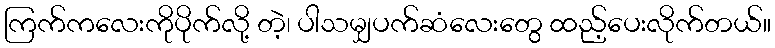
ကြက်ကလေးကိုပိုက်လို့ တဲ့၊ ပါသမျှပက်ဆံလေးတွေ ထည့်ပေးလိုက်တယ်။